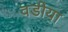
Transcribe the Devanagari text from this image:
वडीया